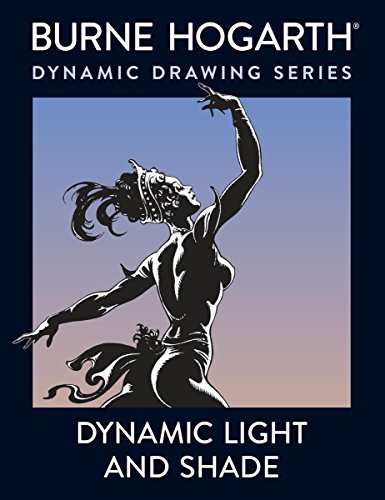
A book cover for Dynamic Light and Shade; Burne Hogarth; Arts & Photography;